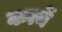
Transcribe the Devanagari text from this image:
कर्त्ये